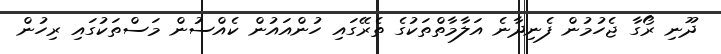
ދޫނި ރޯގާ ޖެހުމުން ފެނިދާނެ އަލާމާތްތަކުގެ ތެރޭގައި ހުންއައުން ކެއްސުން މަސްތަކުގައި ރިހުން